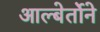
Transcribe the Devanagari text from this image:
आल्बेर्तोने